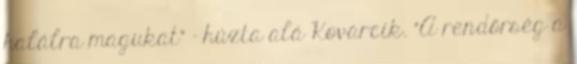
halálra magukat" - húzta alá Kovarcík. "A rendőrség a